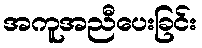
အကူအညီပေးခြင်း